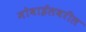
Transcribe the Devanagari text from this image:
मोबाईलवरील